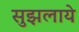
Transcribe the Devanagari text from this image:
सुझलाये